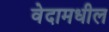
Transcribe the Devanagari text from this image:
वेदामधील